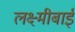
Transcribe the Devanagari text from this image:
लक्ष्‍मीबाई